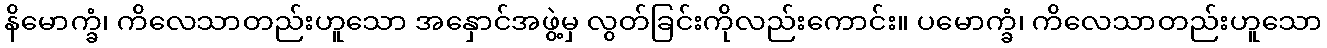
နိမောက္ခံ၊ ကိလေသာတည်းဟူသော အနှောင်အဖွဲ့မှ လွတ်ခြင်းကိုလည်းကောင်း။ ပမောက္ခံ၊ ကိလေသာတည်းဟူသော